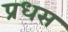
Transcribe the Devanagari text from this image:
प्रधस